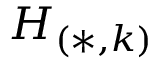
H _ { ( * , k ) }